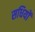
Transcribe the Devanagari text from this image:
सधियों